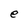
Character: e